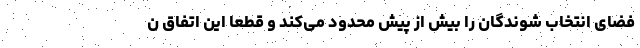
فضای انتخاب شوندگان را بیش از پیش محدود می‌کند و قطعا این اتفاق ن